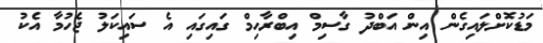
މަޑުކޮށްލައިގެން އިން އަބްދު ގާސިމް އިބްރާހިމް ގައިގައި އެ ސައިކަލު ޖެހުމާ އެކު